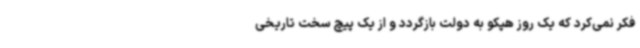
فکر نمی‌کرد که یک روز هپکو به دولت بازگردد و از یک پیچ سخت تاریخی